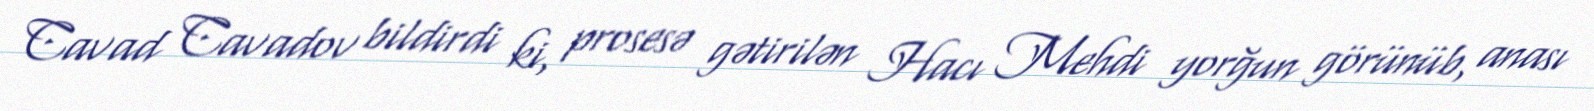
Cavad Cavadov bildirdi ki, prosesə gətirilən Hacı Mehdi yorğun görünüb, anası